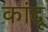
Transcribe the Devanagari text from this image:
कांदू